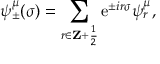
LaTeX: \psi _ { \pm } ^ { \mu } ( \sigma ) = \sum _ { r \in { \bf Z } + { \frac { 1 } { 2 } } } \mathrm { e } ^ { \pm i r \sigma } \psi _ { r } ^ { \mu } ,